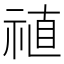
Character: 禃